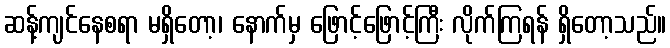
ဆန့်ကျင်နေစရာ မရှိတော့၊ နောက်မှ ဖြောင့်ဖြောင့်ကြီး လိုက်ကြရန် ရှိတော့သည်။